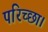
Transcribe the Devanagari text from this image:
परिच्‍छा।